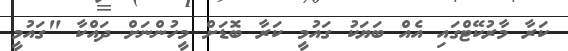
ކަރާ މާރުކޭޓްގައި އެއް ބަޔަކު ގައުމީ ކަރާ ބޮޑަށް މީހުންނަށް ދައްކާ "ގައުމީ